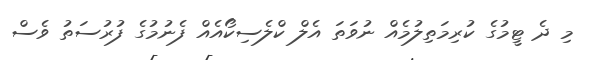
މި ދެ ޓީމުގެ ކުރިމަތިލުމެއް ނުވަތަ އެލް ކްލެސިކޯއެއް ފެނުމުގެ ފުރުސަތު ވެސް